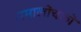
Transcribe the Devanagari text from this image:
समालोंचकों